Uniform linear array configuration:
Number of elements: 12
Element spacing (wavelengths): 1
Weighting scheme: binomial
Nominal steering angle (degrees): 60
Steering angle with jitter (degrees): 61.872
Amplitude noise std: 0.05
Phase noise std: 0.05

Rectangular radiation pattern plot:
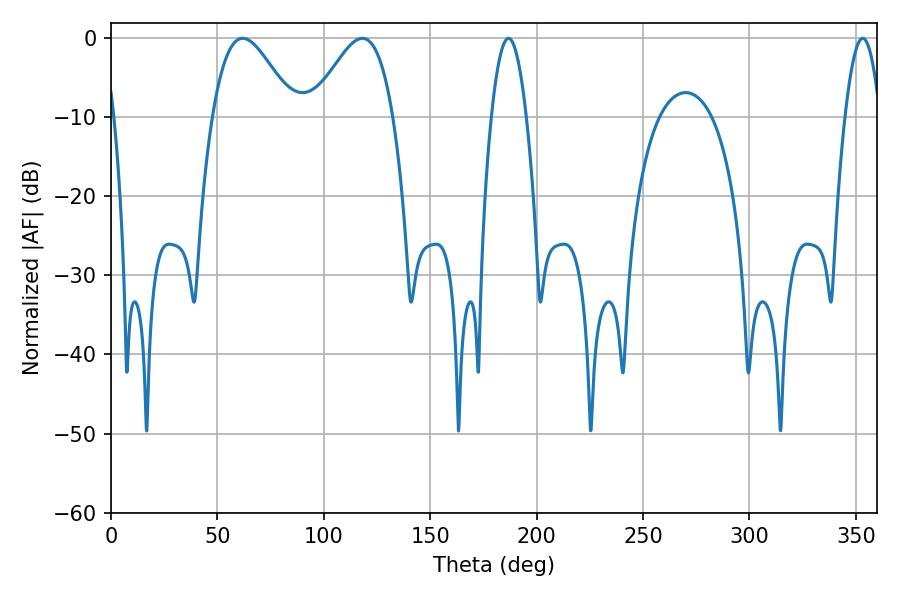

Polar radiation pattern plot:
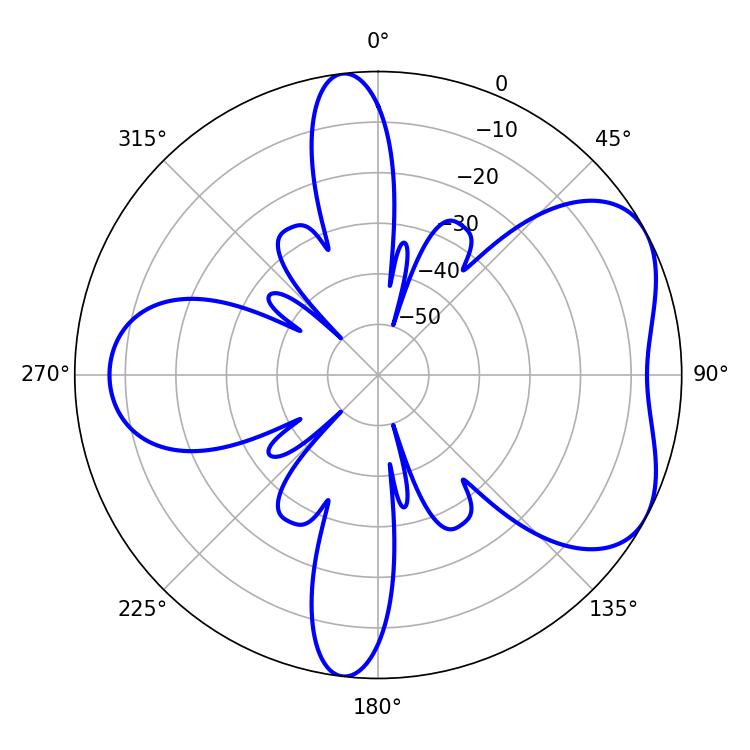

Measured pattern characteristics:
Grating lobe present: TRUE
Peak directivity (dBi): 5.264
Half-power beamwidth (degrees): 20.34
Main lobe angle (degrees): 61.92